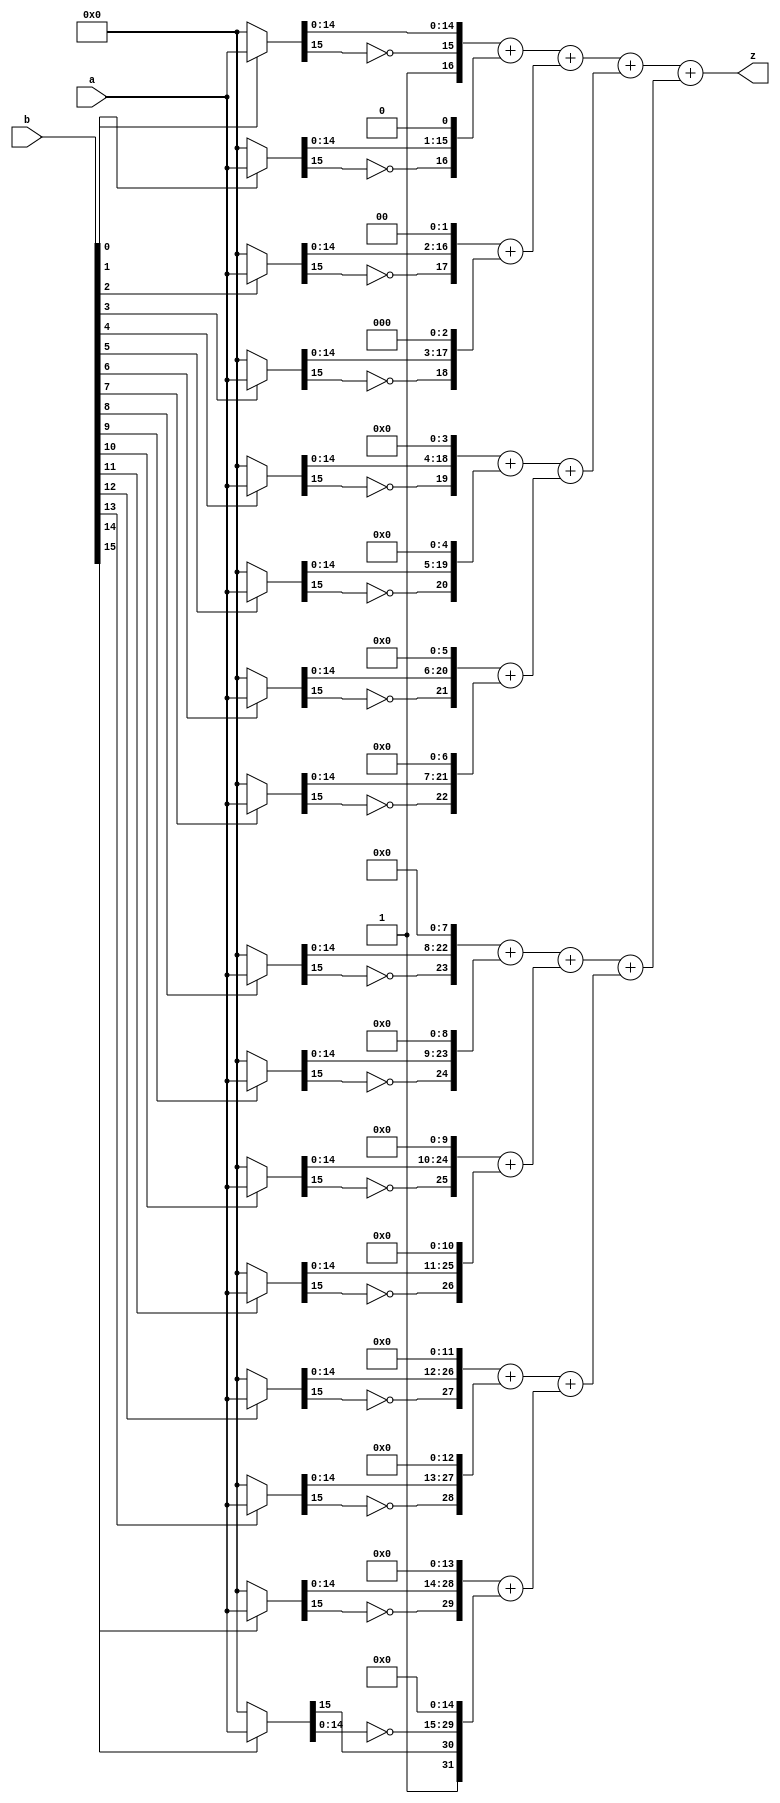
`timescale 1ns / 1ps
//////////////////////////////////////////////////////////////////////////////////
// Company: 
// Engineer: 
// 
// Design Name: 
// Module Name:    mul_signed 
// Project Name: 
// Target Devices: 
// Tool versions: 
// Description: 
//
// Dependencies: 
//
// Revision: 
// Revision 0.01 - File Created
// Additional Comments: 
//
//////////////////////////////////////////////////////////////////////////////////
module mul_signed(a,b,z
    );
	 input [15:0] a,b;
	 output [31:0] z;
	 wire [15:0] ab0 = b[0]?a:16'b0;
	 wire [15:0] ab1 = b[1]?a:16'b0;
    wire [15:0] ab2 = b[2]?a:16'b0;
	 wire [15:0] ab3 = b[3]?a:16'b0;
	 wire [15:0] ab4 = b[4]?a:16'b0;
	 wire [15:0] ab5 = b[5]?a:16'b0;
    wire [15:0] ab6 = b[6]?a:16'b0;
	 wire [15:0] ab7 = b[7]?a:16'b0;
	 wire [15:0] ab8 = b[8]?a:16'b0;
	 wire [15:0] ab9 = b[9]?a:16'b0;
    wire [15:0] ab10 = b[10]?a:16'b0;
	 wire [15:0] ab11 = b[11]?a:16'b0;
	 wire [15:0] ab12 = b[12]?a:16'b0;
	 wire [15:0] ab13 = b[13]?a:16'b0;
    wire [15:0] ab14 = b[14]?a:16'b0;
	 wire [15:0] ab15 = b[15]?a:16'b0;
	 assign z=((({16'b1,~ab0[15],ab0[14:0]}+
	             {15'b0,~ab1[15],ab1[14:0],1'b0})+
					({14'b0,~ab2[15],ab2[14:0],2'b0}+
					 {13'b0,~ab3[15],ab3[14:0],3'b0}))+
				  (({12'b0,~ab4[15],ab4[14:0],4'b0}+
					 {11'b0,~ab5[15],ab5[14:0],5'b0})+
					({10'b0,~ab6[15],ab6[14:0],6'b0}+
					 {9'b0,~ab7[15],ab7[14:0],7'b0})))+
				 ((({8'b0,~ab8[15],ab8[14:0],8'b0}+
					 {7'b0,~ab9[15],ab9[14:0],9'b0})+
					({6'b0,~ab10[15],ab10[14:0],10'b0}+
					 {5'b0,~ab11[15],ab11[14:0],11'b0}))+
				  (({4'b0,~ab12[15],ab12[14:0],12'b0}+
					 {3'b0,~ab13[15],ab13[14:0],13'b0})+
					({2'b0,~ab14[15],ab14[14:0],14'b0}+
					 {1'b1,ab15[15],~ab15[14:0],15'b0})));

endmodule